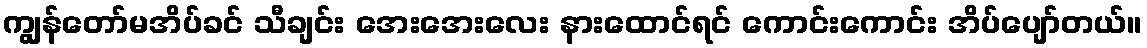
ကျွန်တော်မအိပ်ခင် သီချင်း အေးအေးလေး နားထောင်ရင် ကောင်းကောင်း အိပ်ပျော်တယ်။